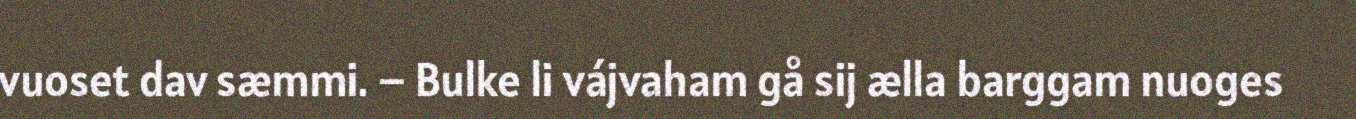
vuoset dav sæmmi. – Bulke li vájvaham gå sij ælla barggam nuoges